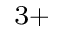
^ { 3 + }